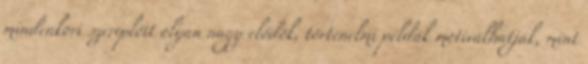
mindenkori szereplőit olyan nagy elődök, történelmi példák motiválhatják, mint